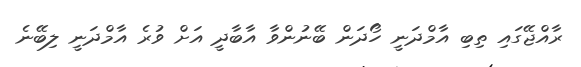
ރާއްޖޭގައި ތިބި އާމްދަނީ ހޯދަން ބޭނުންވާ އާބާދީ އަށް ވުރެ އާމްދަނީ ލިބޭނެ